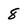
Character: 8